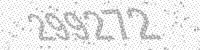
Solution: 299272